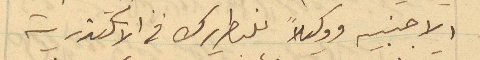
الاجنبيه ووكيلاً للبطريرك في الاسكندرية